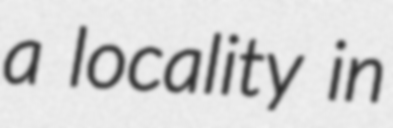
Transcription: a locality in